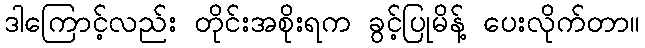
ဒါကြောင့်လည်း တိုင်းအစိုးရက ခွင့်ပြုမိန့် ပေးလိုက်တာ။